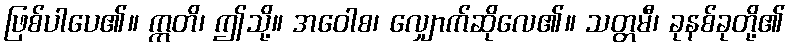
ဖြစ်ပါပေ၏။ ဣတိ၊ ဤသို့။ အဝေါစ၊ လျှောက်ဆိုလေ၏။ သတ္တမီ၊ ခုနစ်ခုတို့၏